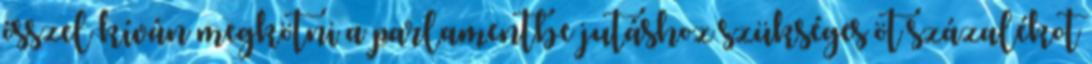
ősszel kíván megkötni a parlamentbe jutáshoz szükséges öt százalékot